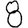
Digit: 8